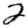
Digit: 2